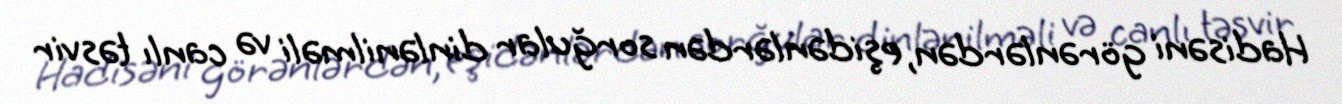
Hadisəni görənlərdən, eşidənlərdən sorğular dinlənilməli və canlı təsvir